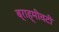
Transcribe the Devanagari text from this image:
ब्राह्मीवटी